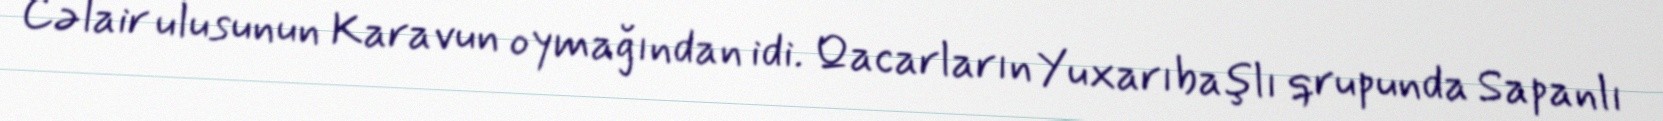
Cəlair ulusunun Karavun oymağından idi. Qacarların Yuxarıbaşlı qrupunda Sapanlı